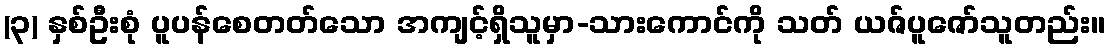
(၃) နှစ်ဦးစုံ ပူပန်စေတတ်သော အကျင့်ရှိသူမှာ-သားကောင်ကို သတ် ယဇ်ပူဇော်သူတည်း။